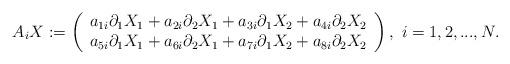
LaTeX: \begin{align*}A_iX:=\left(\begin{array}{c}a_{1i}\partial_1X_1+a_{2i}\partial_2X_1+a_{3i}\partial_1X_2+a_{4i}\partial_2X_2\\a_{5i}\partial_1X_1+a_{6i}\partial_2X_1+a_{7i}\partial_1X_2+a_{8i}\partial_2X_2\end{array}\right),\ i=1,2,...,N.\end{align*}